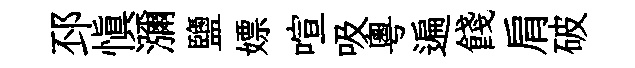
邳慎瀰鹽嫖喧吸粵遍餞肩破